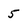
Character: 5